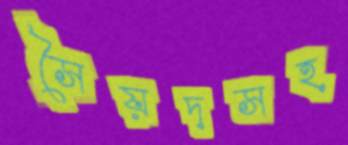
সৈয়দসহ